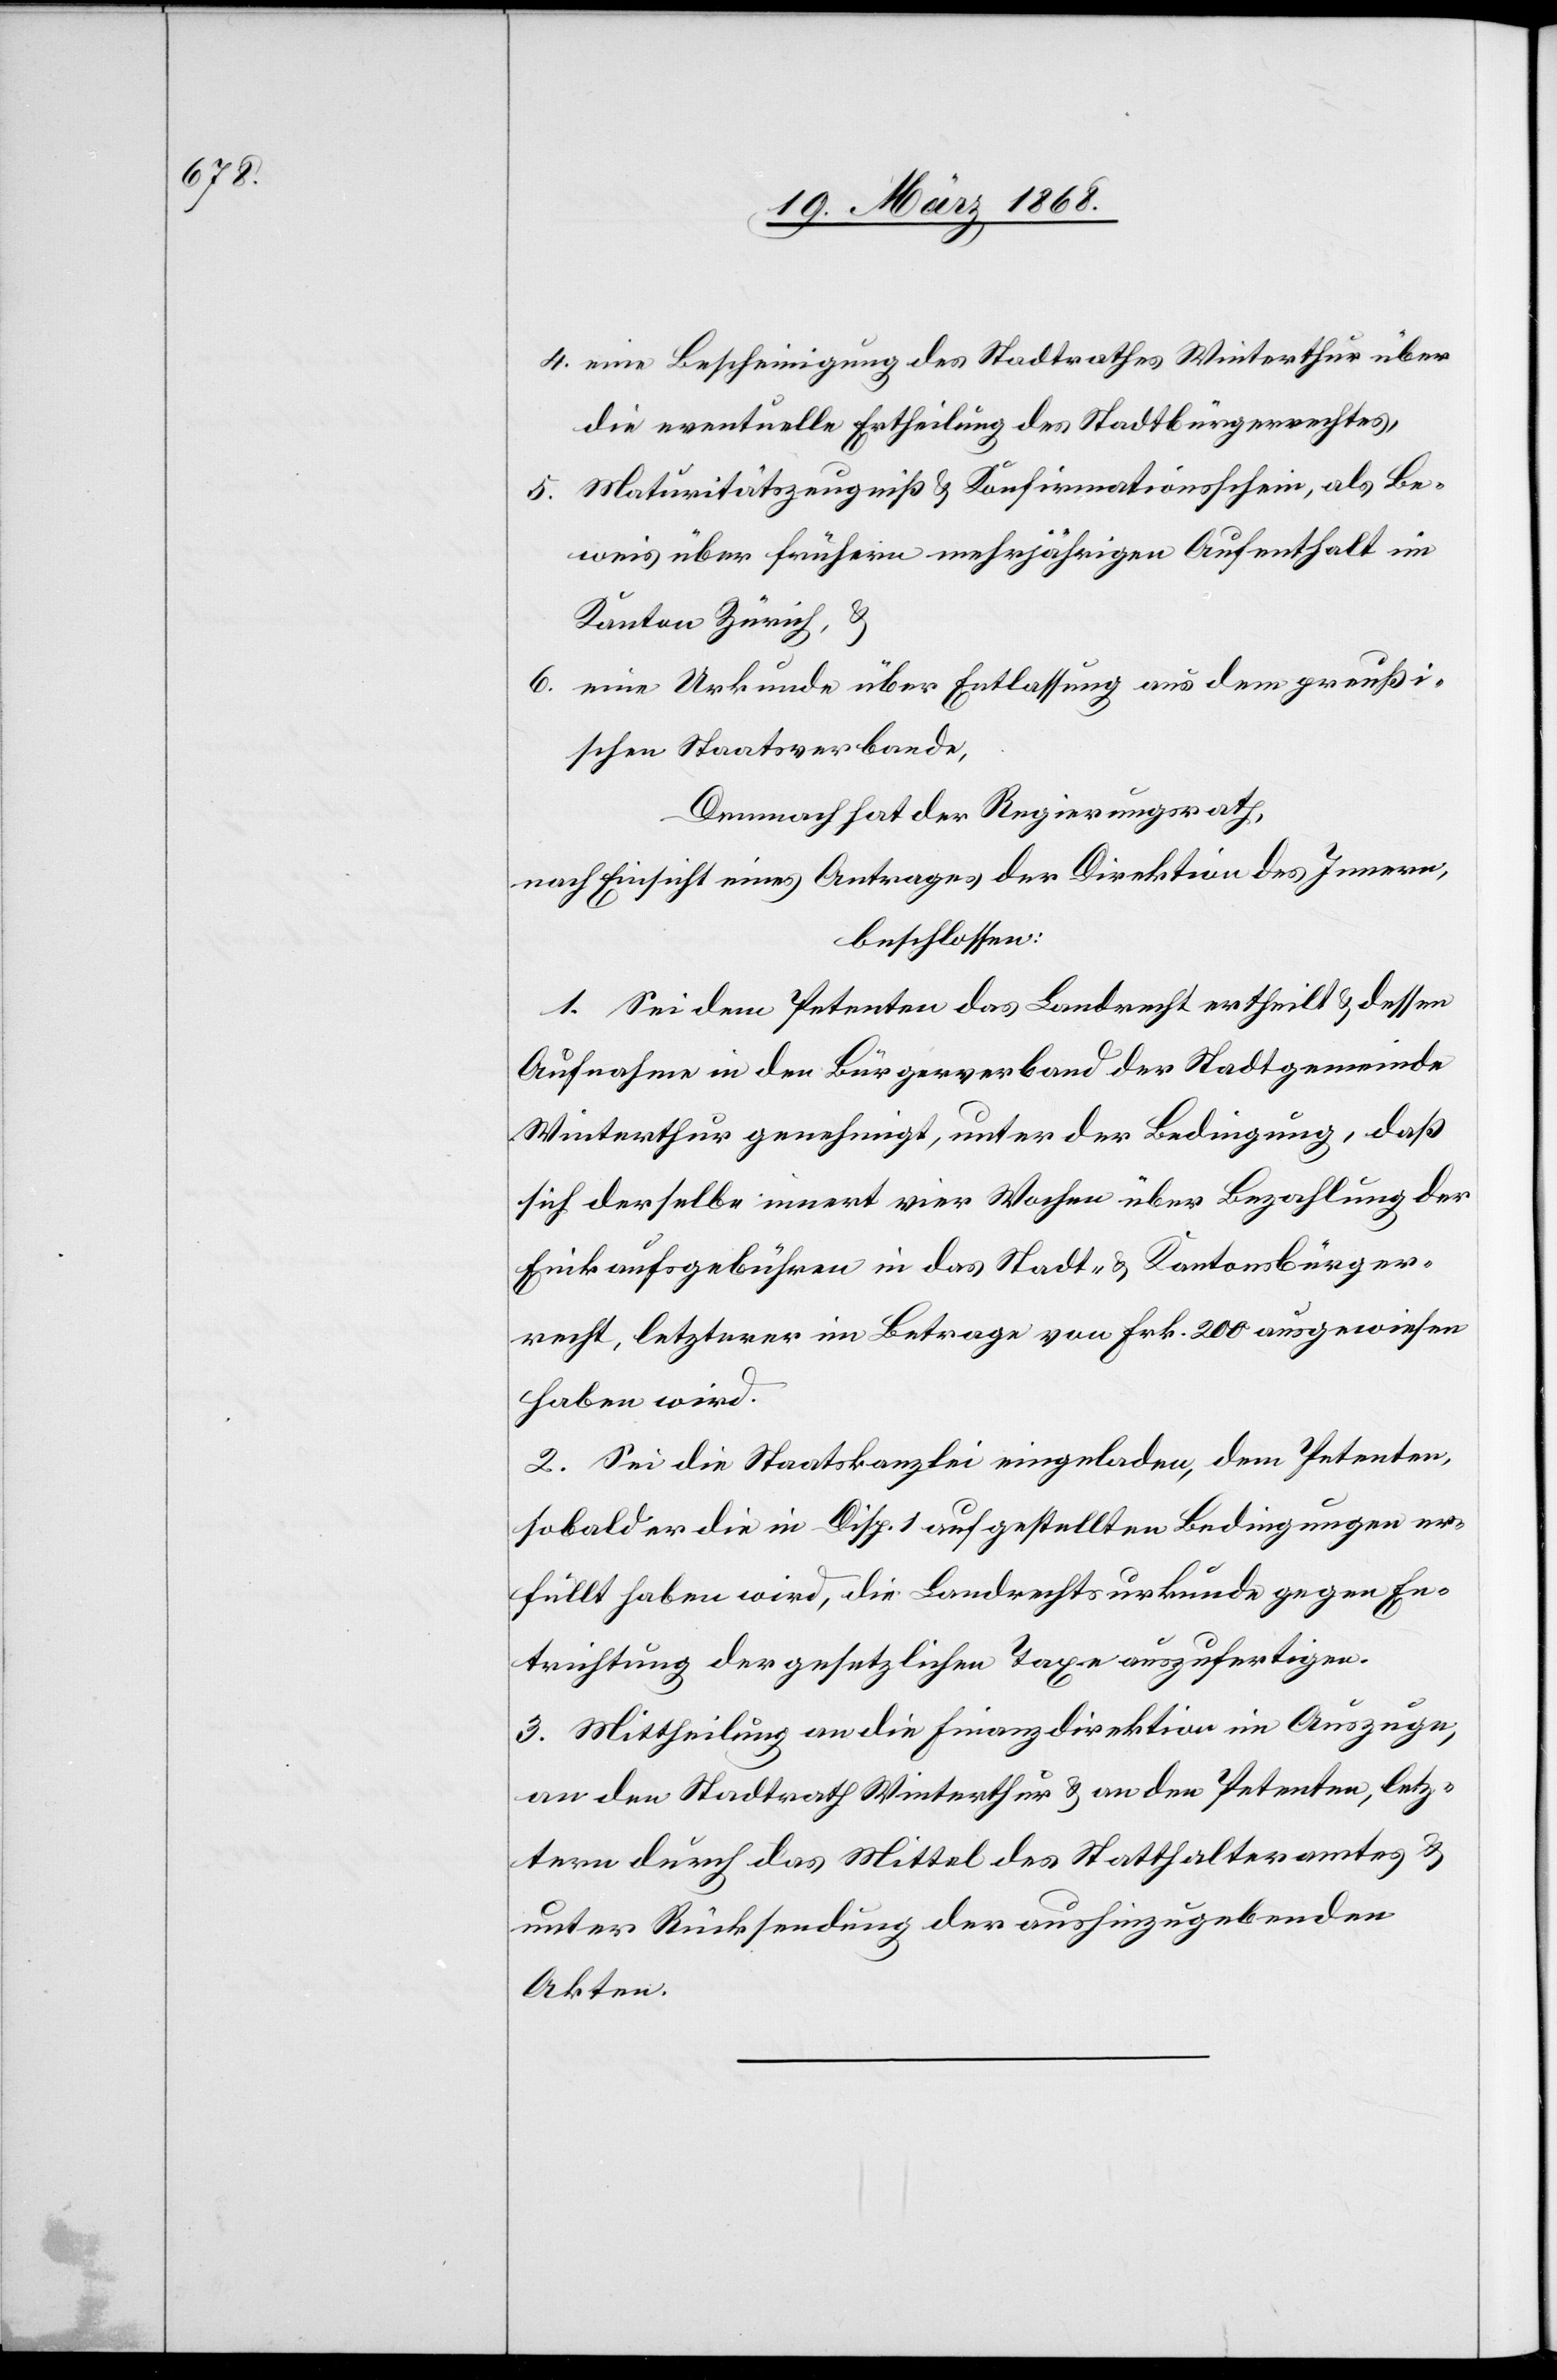
eine Bescheinigung des Stadtrathes Winterthur über
die eventuelle Ertheilung des Stadtbürgerrechtes,
Maturitätszeugniß & Konfirmationsschein, als Be¬
weis über frühern mehrjährigen Aufenthalt im
Kanton Zürich, &
eine Urkunde über Entlassung aus dem preußi¬
schen Staatsverbande,
Demnach hat der Regierungsrath,
nach Einsicht eines Antrages der Direktion des Innern,
beschlossen:
1. Sei dem Petenten das Landrecht ertheilt & dessen
Aufnahme in den Bürgerverband der Stadtgemeinde
Winterthur genehmigt, unter der Bedingung, daß
sich derselbe innert vier Wochen über Bezahlung der
Einkaufsgebühren in das Stadt- & Kantonsbürger¬
recht, letzterer im Betrage von Frk. 200 ausgewiesen
haben wird.
2. Sei die Staatskanzlei eingeladen, dem Petenten,
sobald er die in Disp. 1 aufgestellten Bedingungen er¬
füllt haben wird, die Landrechtsurkunde gegen En¬
trichtung der gesetzlichen Taxe auszufertigen.
3. Mittheilung an die Finanzdirektion im Auszuge,
an den Stadtrath Winterthur & an den Petenten, letz¬
tern durch das Mittel des Statthalteramtes &
unter Rücksendung der aushinzugebenden
Akten.